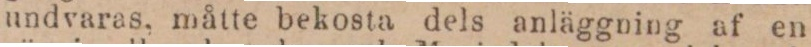
undvaras, måtte bekosta dels anläggning af en